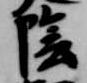
陰